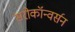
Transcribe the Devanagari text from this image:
सरोकॉन्वर्सन